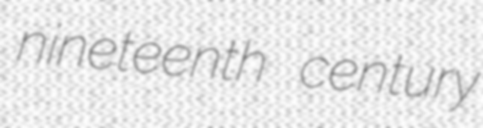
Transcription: nineteenth century